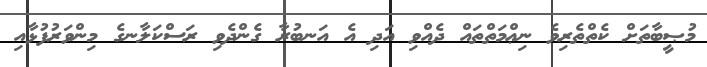
މުޞީބާތަށް ކެތްތެރިވެ ނިޢްމަތްތައް ދެއްވި އަދި އެ އަނބުރާ ގެންދެވި ރަސްކަލާނގެ މިންވަރުފުޅާއި